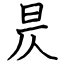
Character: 昃